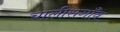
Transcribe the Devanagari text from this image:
चालीसगाँव